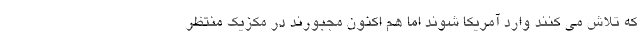
که تلاش می کنند وارد آمریکا شوند اما هم اکنون مجبورند در مکزیک منتظر